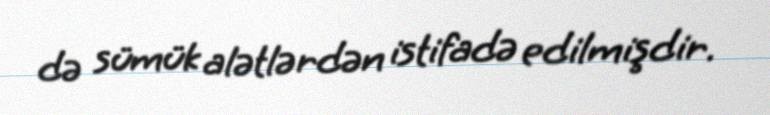
də sümük alətlərdən istifadə edilmişdir.